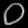
Digit: ၀